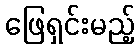
ဖြေရှင်းမည့်